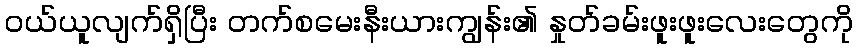
ဝယ်ယူလျက်ရှိပြီး တက်စမေးနီးယားကျွန်း၏ နှုတ်ခမ်းဖူးဖူးလေးတွေကို